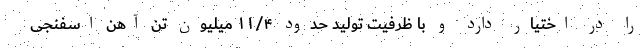
را در اختیار دارد و با ظرفیت تولید حدود ۱۱/۴ میلیون تن آهن اسفنجی